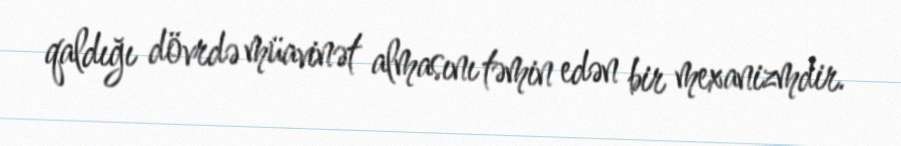
qaldığı dövrdə müavinət almasını təmin edən bir mexanizmdir.